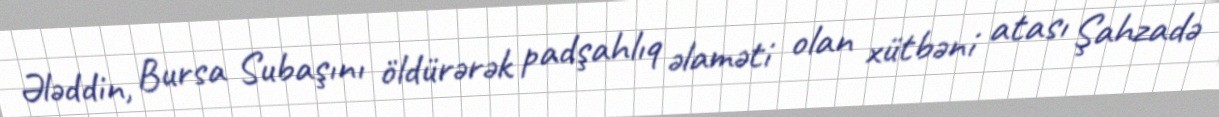
Ələddin, Bursa Subaşını öldürərək padşahlıq əlaməti olan xütbəni atası Şahzadə